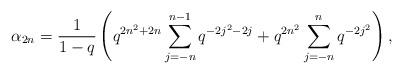
LaTeX: \begin{align*} \alpha_{2n} = \frac{1}{1-q}\left(q^{2n^2+2n}\sum_{j=-n}^{n-1}q^{-2j^2-2j} + q^{2n^2}\sum_{j=-n}^{n} q^{-2j^2}\right),\end{align*}